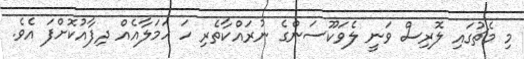
މި މެޗުގައި ލޮރިސް ވަނީ ލެވަކޫސަންގެ ނުރައްކާތެރި ހަ ހަމަލާއެއް ދިފާއުކޮށްފަ އެވެ.